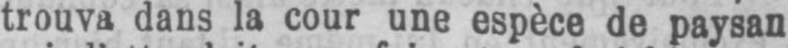
trouva dans la cour une espèce de paysan